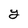
Character: y